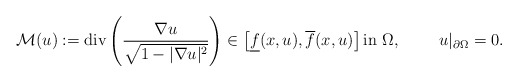
\begin{align*}\mathcal M(u):=\mbox{div} \left(\frac{\nabla u}{\sqrt{1-|\nabla u|^2}}\right)\in \left[\underline{f}(x,u),\overline{f}(x,u)\right] \mbox{in} \ \Omega, \qquad\ u|_{\partial\Omega}=0.\end{align*}